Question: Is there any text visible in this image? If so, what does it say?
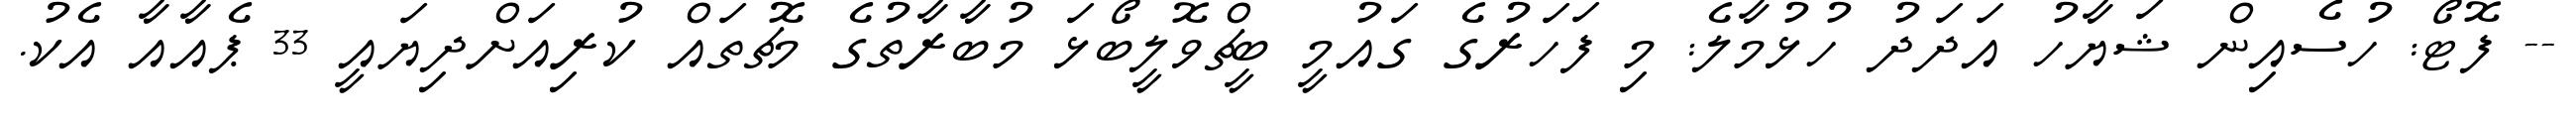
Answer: -- ފޮޓޯ: ހުސެއިން ޝަޔާހު އަދަދު ހުޅުމާލެ: މި ފަހަރުގެ ގައުމީ ބީޗްވޮލީބޯޅަ މުބާރާތުގެ މެޗުތައް ކުރިއަށްދިޔައީ 33 ޕެއާއާ އެކު.